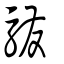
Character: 驋